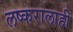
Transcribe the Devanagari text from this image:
लष्करालाही